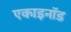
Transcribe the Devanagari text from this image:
एकाइनॉड